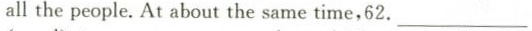
all the people. At about the same time,62. ___